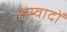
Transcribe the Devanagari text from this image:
सम्वादों